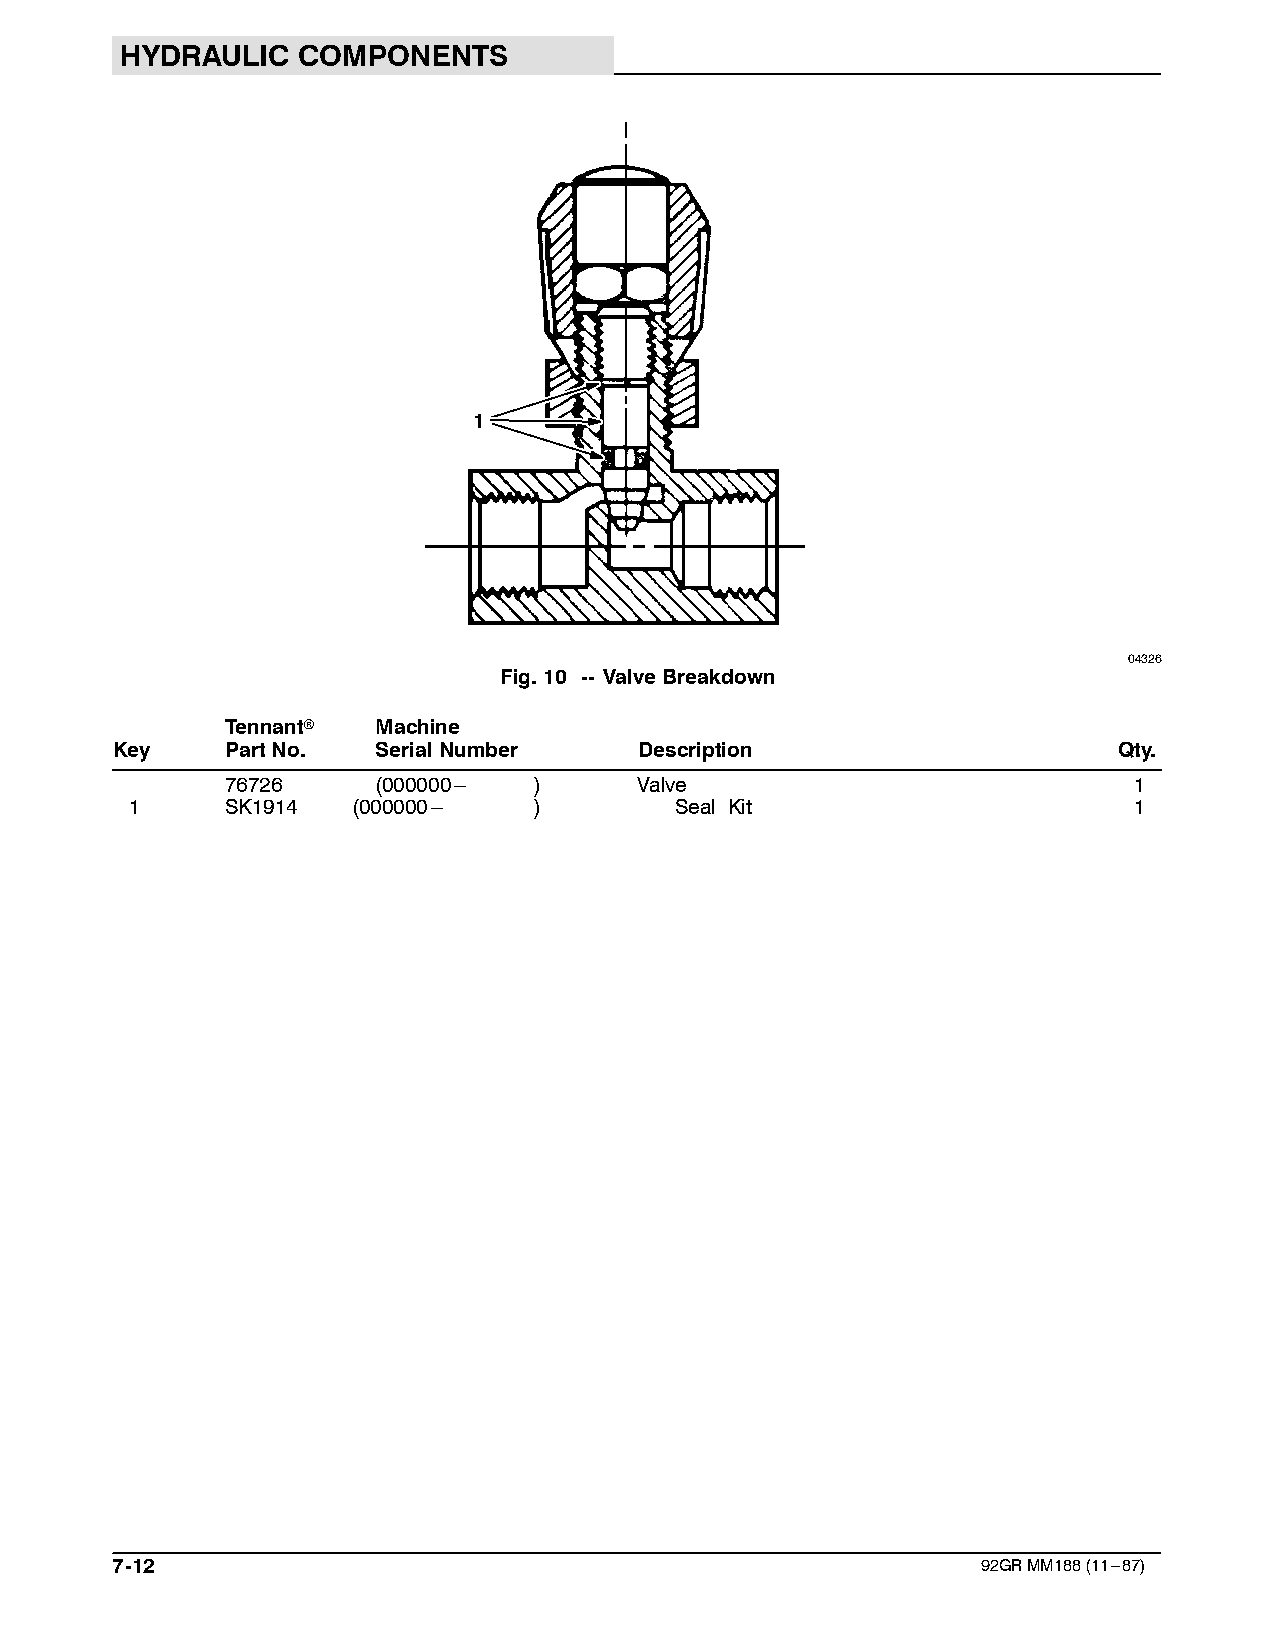
HYDRAULIC   COMPONENTS
 1
 04326
 Fig.10 -- ValveBreakdown
 Tennantr  Machine
 Key     PartNo.   SerialNumber     Description                     Qty.
 76726     (000000--- )     Valve                            1
 1     SK1914  (000000---  )         Seal Kit                      1
 7-12                                                      92GRMM188(11---87)